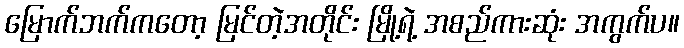
မြောက်ဘက်ကတော့ မြင်တဲ့အတိုင်း မြို့ရဲ့ အစည်ကားဆုံး အကွက်ပ။